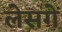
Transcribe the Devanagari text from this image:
लेसगे